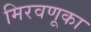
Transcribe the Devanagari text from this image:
मिरवणूका